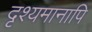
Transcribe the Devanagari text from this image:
दृश्यमानापि